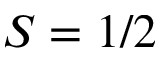
S = 1 / 2